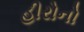
હીરોનો